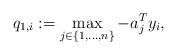
LaTeX: \begin{align*}q_{1,i}:=\max_{j\in\{1,\dots,n\}}-a_{j}^{T}y_{i},\end{align*}